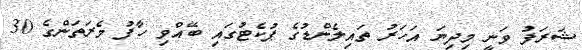
ޝަރަފު ވަނީ މިދިޔަ އަހަރު ތައިލެންޑުގެ ޕުކެޓުގައި ބޭއްވި ހާފު މެރަތަންގެ 30